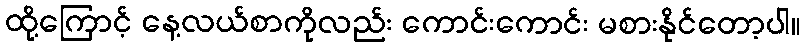
ထို့ကြောင့် နေ့လယ်စာကိုလည်း ကောင်းကောင်း မစားနိုင်တော့ပါ။